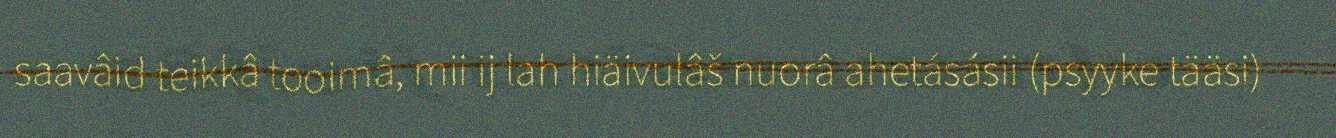
saavâid teikkâ tooimâ, mii ij lah hiäivulâš nuorâ ahetásásii (psyyke tääsi)